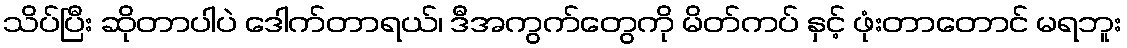
သိပ်ပြီး ဆိုတာပါပဲ ဒေါက်တာရယ်၊ ဒီအကွက်တွေကို မိတ်ကပ် နှင့် ဖုံးတာတောင် မရဘူး